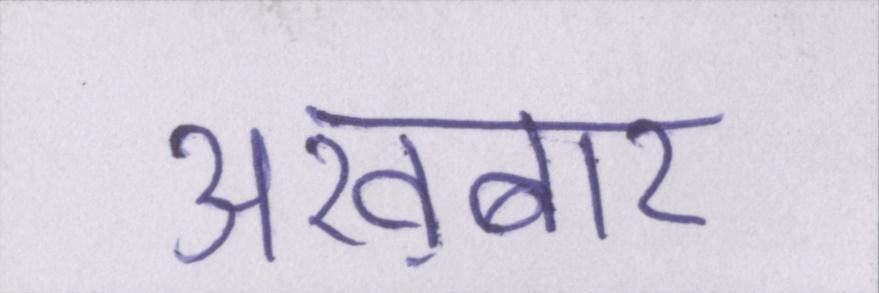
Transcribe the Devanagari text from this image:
अख़बार